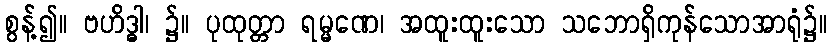
စွန့်၍။ ဗဟိဒ္ဓါ၊ ၌။ ပုထုတ္တာ ရမ္မဏေ၊ အထူးထူးသော သဘောရှိကုန်သောအာရုံ၌။